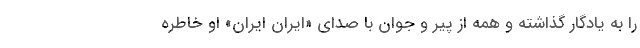
را به یادگار گذاشته و همه از پیر و جوان با صدای «ایران ایران» او خاطره